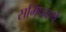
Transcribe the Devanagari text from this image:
समिपकर्ष